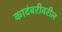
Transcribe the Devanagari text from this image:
कादंबरीवरील